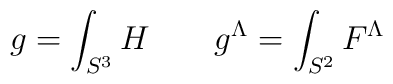
g = \int_{S^3}H \quad \quad  g^{\Lambda} = \int_{S^2}F^{\Lambda}